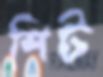
শিট